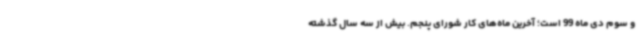
و سوم دی ماه 99 است؛ آخرین ماه‌های کار شورای پنجم. بیش از سه سال گذشته